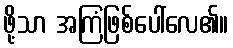
ဖို့သာ အကြံဖြစ်ပေါ်လေ၏။